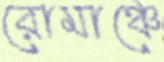
রোমাঞ্চে